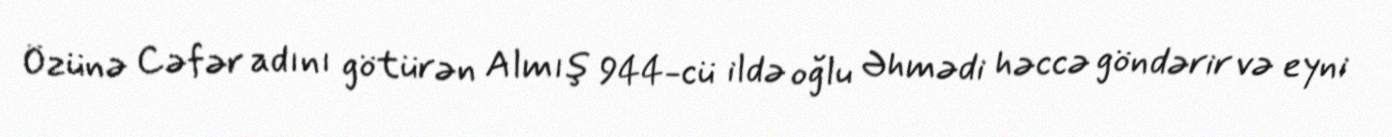
Özünə Cəfər adını götürən Almış 944-cü ildə oğlu Əhmədi həccə göndərir və eyni